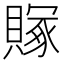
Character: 𬥥